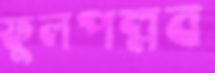
ফুলপল্লব